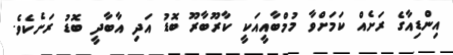
އިންޑިއާގެ ރަށެއް ކަމަށްވާ މުމްބާއީއަކީ ކާރޫބާރޫ ބޮޑު އަދި އާބާދީ ބޮޑު ރަށެކެވެ.